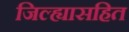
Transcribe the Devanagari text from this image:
जिल्ह्यासहित